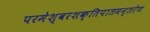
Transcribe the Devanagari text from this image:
परमेश्वरशक्तिपातमन्तरेण